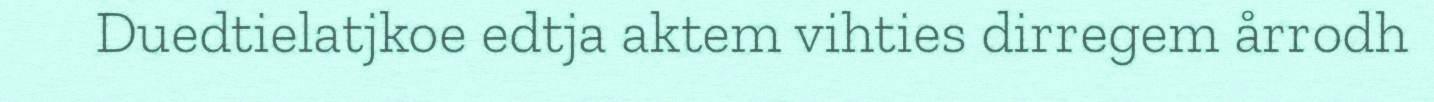
Duedtielatjkoe edtja aktem vihties dirregem årrodh